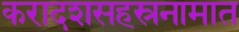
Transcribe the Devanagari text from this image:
करादशसहस्रनामात